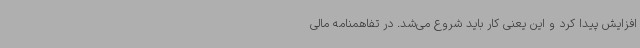
افزایش پیدا کرد و این یعنی کار باید شروع می‌شد. در تفاهمنامه مالی